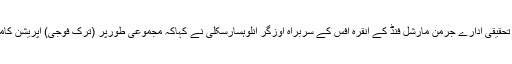
ایک امریکی تحقیقی ادارے جرمن مارشل فنڈ کے انقرہ آفس کے سربراہ اوزگر انلوہسارسکلی نے کہاکہ مجموعی طورپر (ترک فوجی) آپریشن کامیاب رہا ہے۔